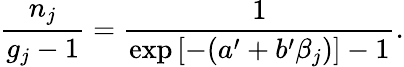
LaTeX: \frac{n_{j}}{g_{j}-1}=\frac{1}{\exp{[-(a^{\prime}+b^{\prime}\beta_{j})]}-1}.